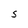
Character: S